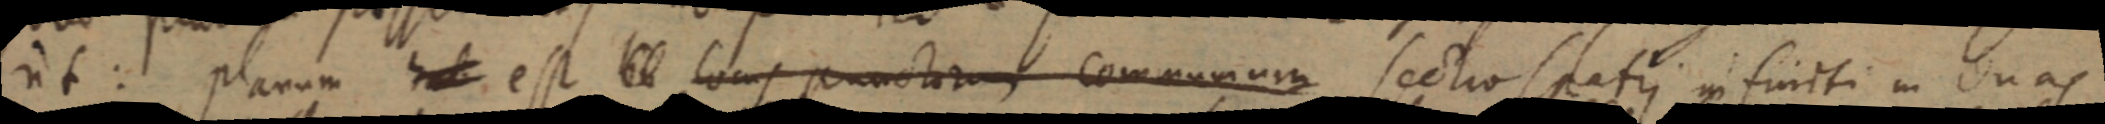
int: planum _ est _ locus punctorum communium sectio spatii infiniti in duas